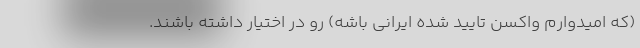
(که امیدوارم واکسن تایید شده ایرانی باشه) رو در اختیار داشته باشند.